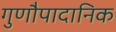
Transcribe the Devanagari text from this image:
गुणौपादानिक